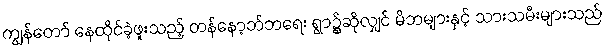
ကျွန်တော် နေထိုင်ခဲ့ဖူးသည့် တန်နော့ဘ်ဘရေး ရွာ၌ဆိုလျှင် မိဘများနှင့် သားသမီးများသည်